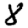
Digit: 8